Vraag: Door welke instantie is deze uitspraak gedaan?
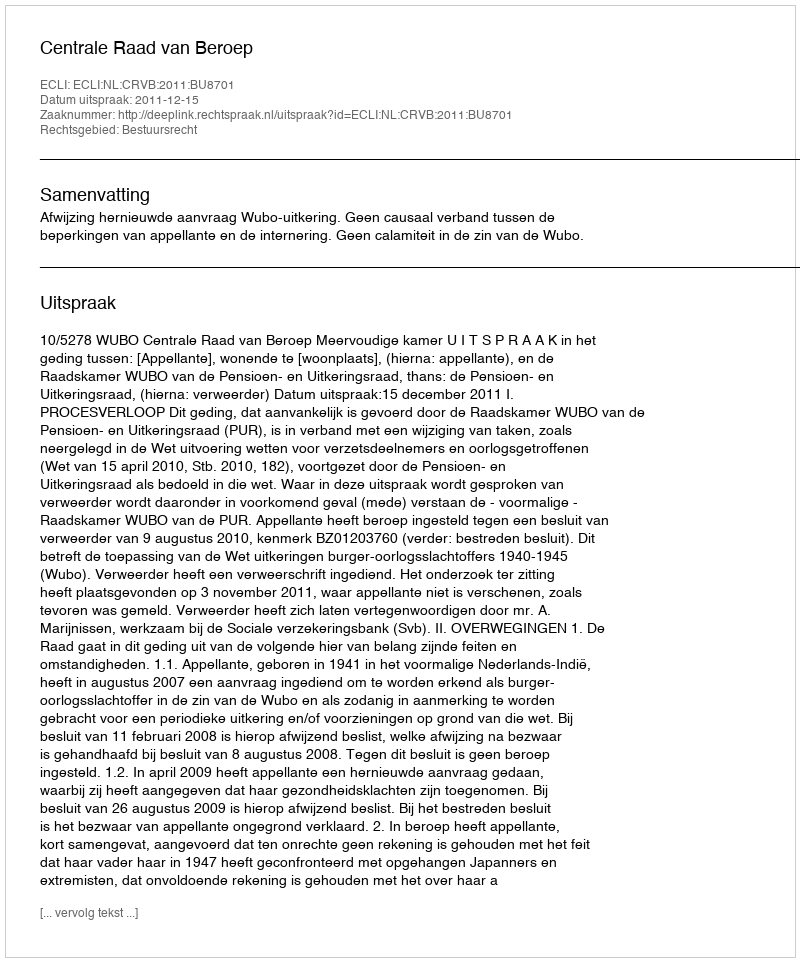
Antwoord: Centrale Raad van Beroep